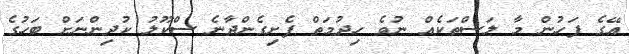
އޭގެ ފަހުން މާ ލަސްތަކެއް ނުވެ ހިދުމަތް ފެށިގެންދާނެ ސްކޫލު ކުދިންނަށް ބަހުގެ